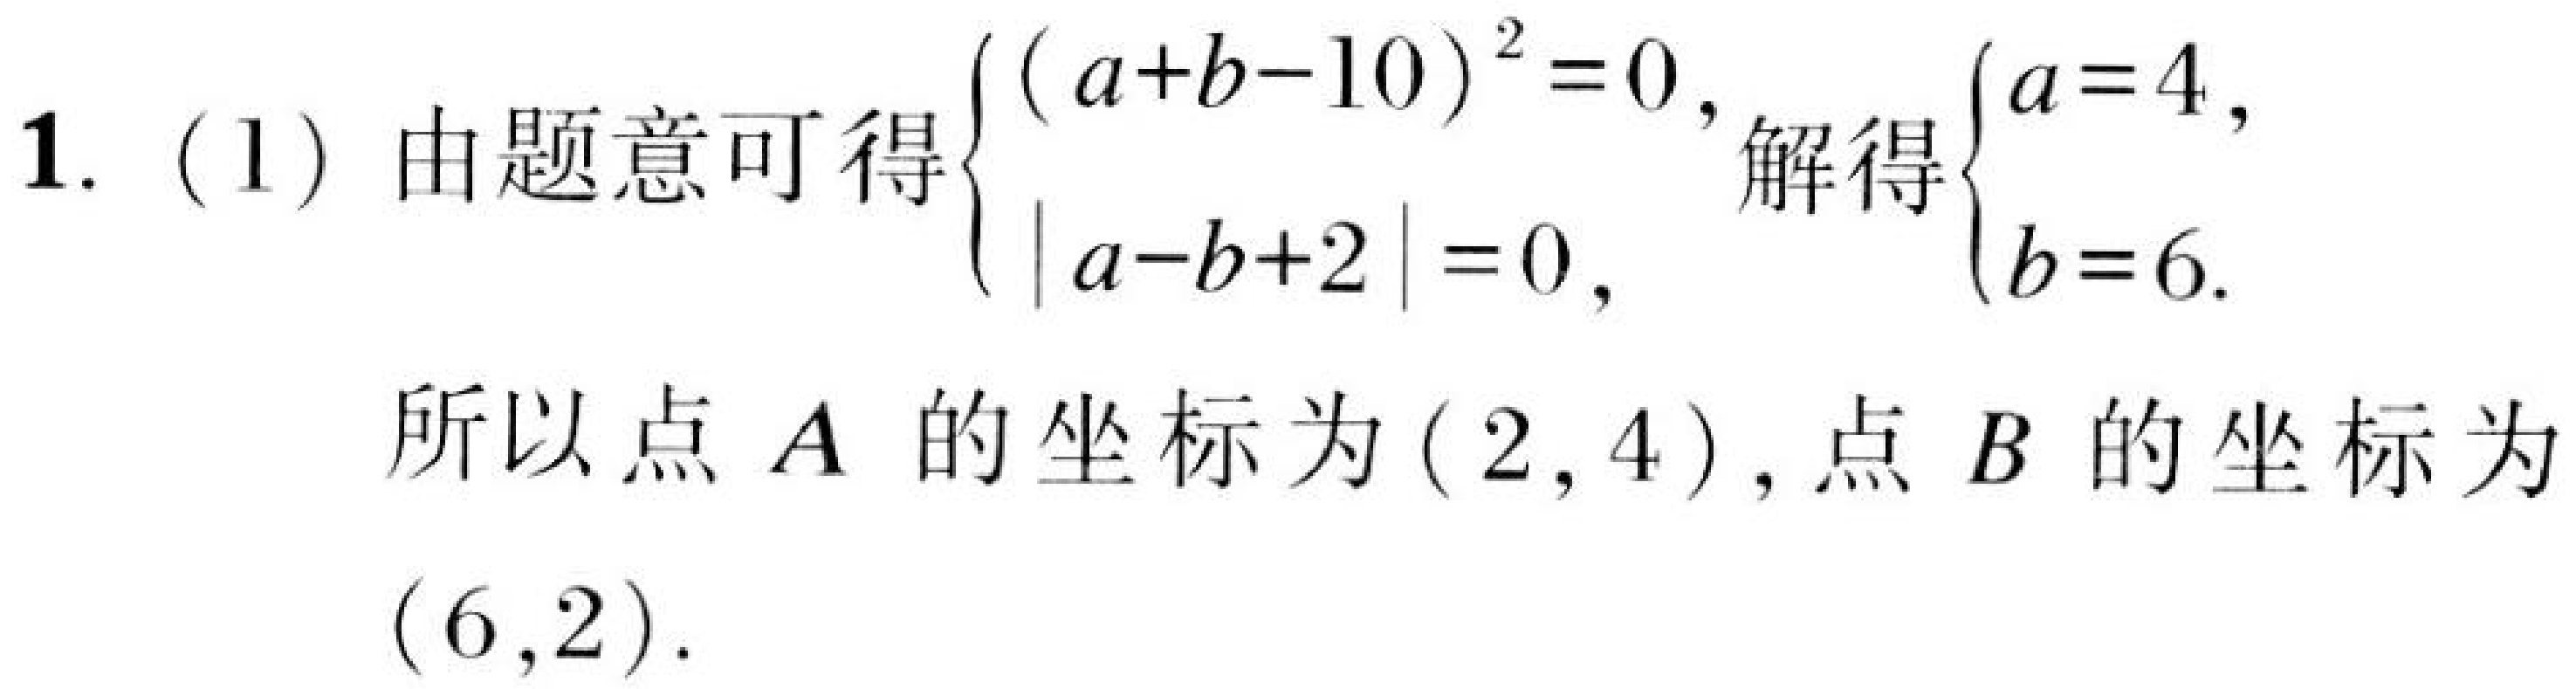
1. (1) 由题意可得\(\begin{cases}(a + b - 10)^{2}=0,\\|a - b + 2| = 0,\end{cases}\)解得\(\begin{cases}a = 4,\\b = 6.\end{cases}\)
所以点\(A\)的坐标为\((2,4)\), 点\(B\)的坐标为\((6,2)\).